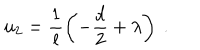
LaTeX: u _ { 2 } = \frac 1 l \left( - \frac { d } 2 + \lambda \right) ~ .